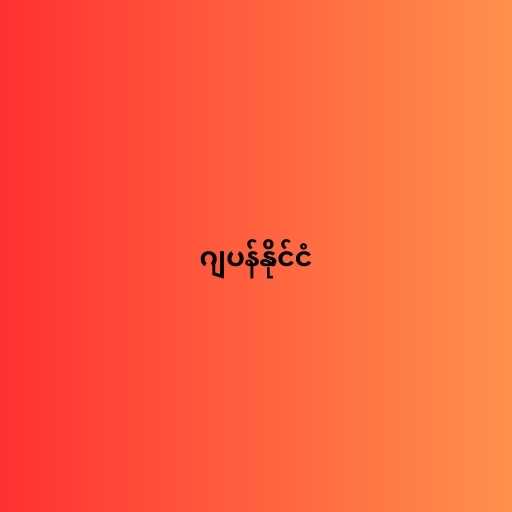
ဂျပန်နိုင်ငံ